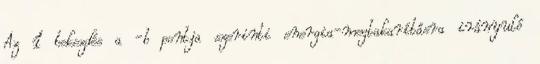
Az 1 bekezdés a -b pontja szerinti energia-megtakarításra irányuló